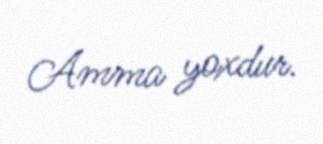
Amma yoxdur.